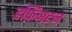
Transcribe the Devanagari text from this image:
हफ़िंगटन